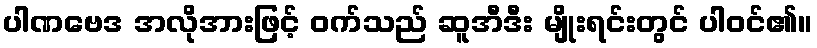
ပါဏဗေဒ အလိုအားဖြင့် ဝက်သည် ဆူအီဒီး မျိုးရင်းတွင် ပါဝင်၏။